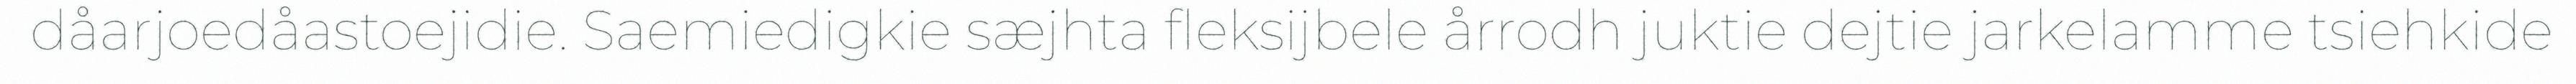
dåarjoedåastoejidie. Saemiedigkie sæjhta fleksijbele årrodh juktie dejtie jarkelamme tsiehkide